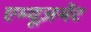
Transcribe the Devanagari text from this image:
एम्यूज़मेंट